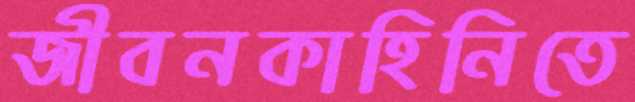
জীবনকাহিনিতে